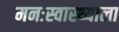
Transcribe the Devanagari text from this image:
मनःस्वास्थ्याला